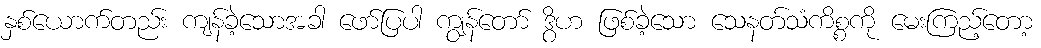
နှစ်ယောက်တည်း ကျန်ခဲ့သောအခါ ဖော်ပြပါ ကျွန်တော် ဒွိဟ ဖြစ်ခဲ့သော သေနတ်သံကိစ္စကို မေးကြည့်တော့